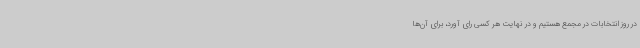
در روز انتخابات در مجمع هستیم و در نهایت هر کسی رای آورد، برای آن‌ها